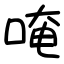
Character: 唵